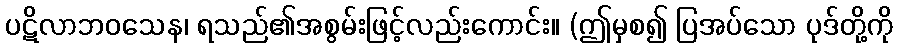
ပဋိလာဘဝသေန၊ ရသည်၏အစွမ်းဖြင့်လည်းကောင်း။ (ဤမှစ၍ ပြအပ်သော ပုဒ်တို့ကို